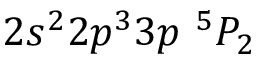
{ 2 s ^ { 2 } 2 p ^ { 3 } 3 p ~ ^ { 5 } P _ { 2 } }